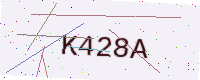
Text: K428A